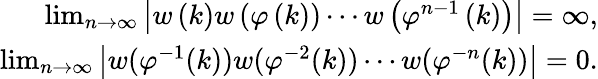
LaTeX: \begin{array}{r}{\operatorname*{lim}_{n\rightarrow\infty}\left|w\left(k\right)w\left(\varphi\left(k\right)\right)\cdots w\left(\varphi^{n-1}\left(k\right)\right)\right|=\infty,}\\ {\operatorname*{lim}_{n\rightarrow\infty}\left|w(\varphi^{-1}(k))w(\varphi^{-2}(k))\cdots w(\varphi^{-n}(k))\right|=0.}\end{array}